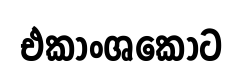
එකාංශකොට